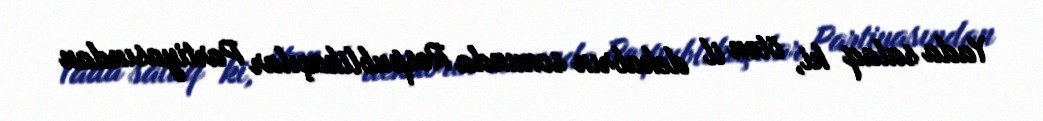
Yada salaq ki, ötən il dekabrın sonunda Respublikaçılar Partiyasından